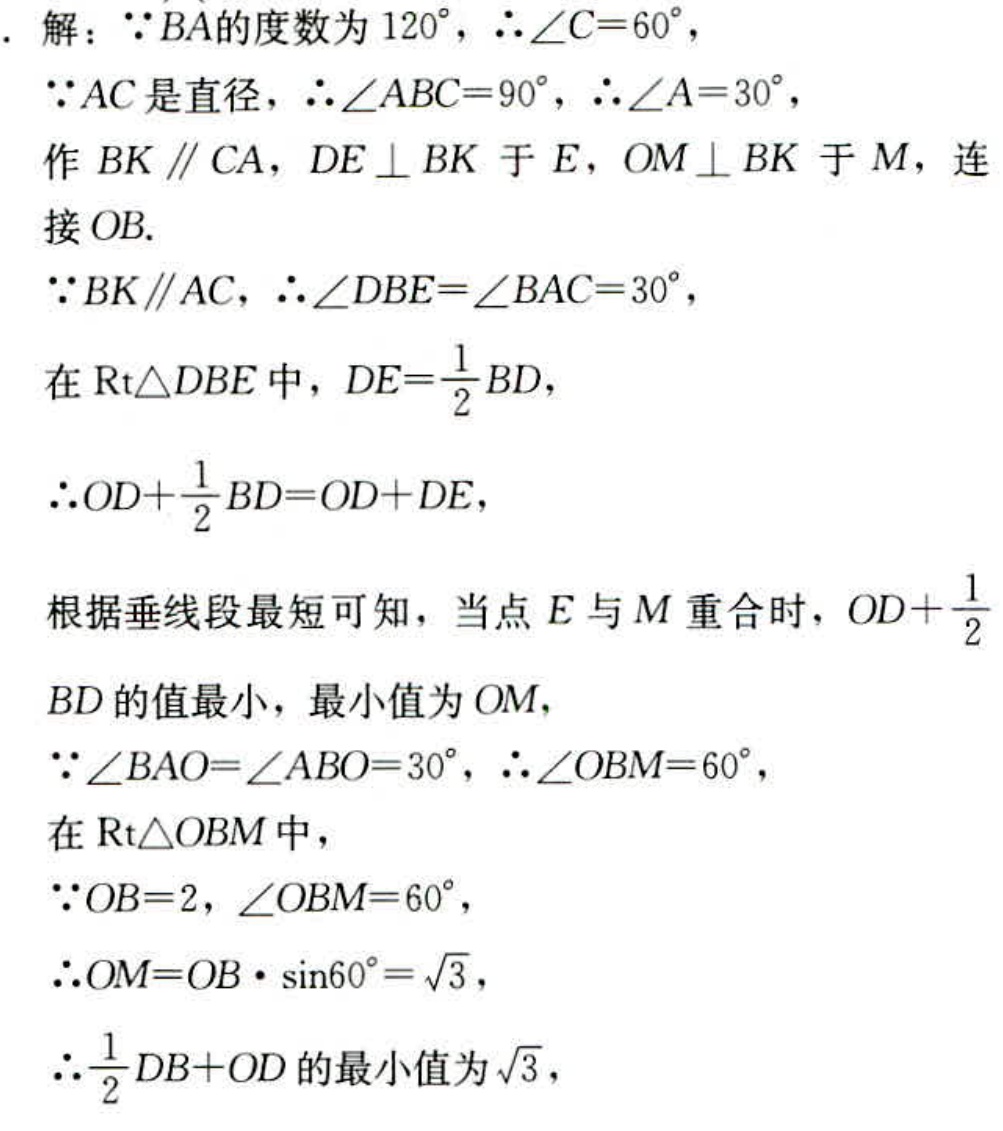
解：\(\because BA\)的度数为\(120^{\circ}\)，\(\therefore\angle C = 60^{\circ}\)，
\(\because AC\)是直径，\(\therefore\angle ABC = 90^{\circ}\)，\(\therefore\angle A = 30^{\circ}\)，
作\(BK\parallel CA\)，\(DE\perp BK\)于\(E\)，\(OM\perp BK\)于\(M\)，连接\(OB\).
\(\because BK\parallel AC\)，\(\therefore\angle DBE=\angle BAC = 30^{\circ}\)，
在\(\text{Rt}\triangle DBE\)中，\(DE=\frac{1}{2}BD\)，
\(\therefore OD+\frac{1}{2}BD = OD + DE\)，
根据垂线段最短可知，当点\(E\)与\(M\)重合时，\(OD+\frac{1}{2}\)
\(BD\)的值最小，最小值为\(OM\)，
\(\because\angle BAO=\angle ABO = 30^{\circ}\)，\(\therefore\angle OBM = 60^{\circ}\)，
在\(\text{Rt}\triangle OBM\)中，
\(\because OB = 2\)，\(\angle OBM = 60^{\circ}\)，
\(\therefore OM = OB\cdot\sin60^{\circ}=\sqrt{3}\)，
\(\therefore\frac{1}{2}DB + OD\)的最小值为\(\sqrt{3}\)，